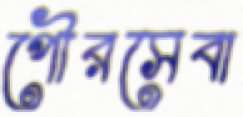
পৌরসেবা